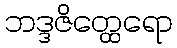
ဘဒ္ဒဇိတ္ထေရော